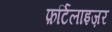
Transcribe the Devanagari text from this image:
फ़र्टिलाइज़र